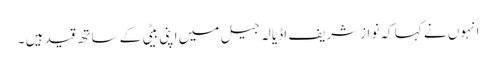
انہوں نے کہا کہ نوازشریف اڈیالہ جیل میں اپنی بیٹی کے ساتھ قید ہیں ۔